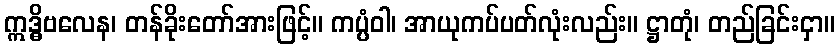
ဣဒ္ဓိဗလေန၊ တန်ခိုးတော်အားဖြင့်။ ကပ္ပံဝါ၊ အာယုကပ်ပတ်လုံးလည်း။ ဋ္ဌာတုံ၊ တည်ခြင်းငှာ။